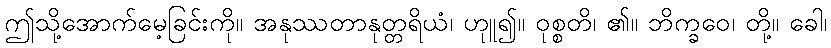
ဤသို့အောက်မေ့ခြင်းကို။ အနုဿတာနုတ္တရိယံ၊ ဟုူ၍။ ဝုစ္စတိ၊ ၏။ ဘိက္ခဝေ၊ တို့။ ခေါ၊